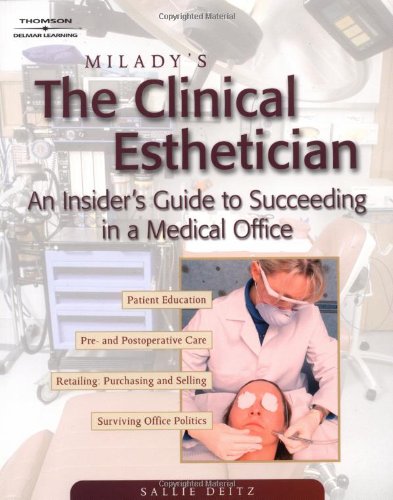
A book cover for Milady's The Clinical Esthetician: An Insiders Guide to Succeeding in a Medical Office; Sallie Dietz; Health, Fitness & Dieting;